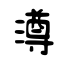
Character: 澊